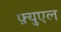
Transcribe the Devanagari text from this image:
फ़्युएल